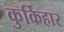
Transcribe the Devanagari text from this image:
कुर्किहार